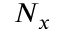
N _ { x }